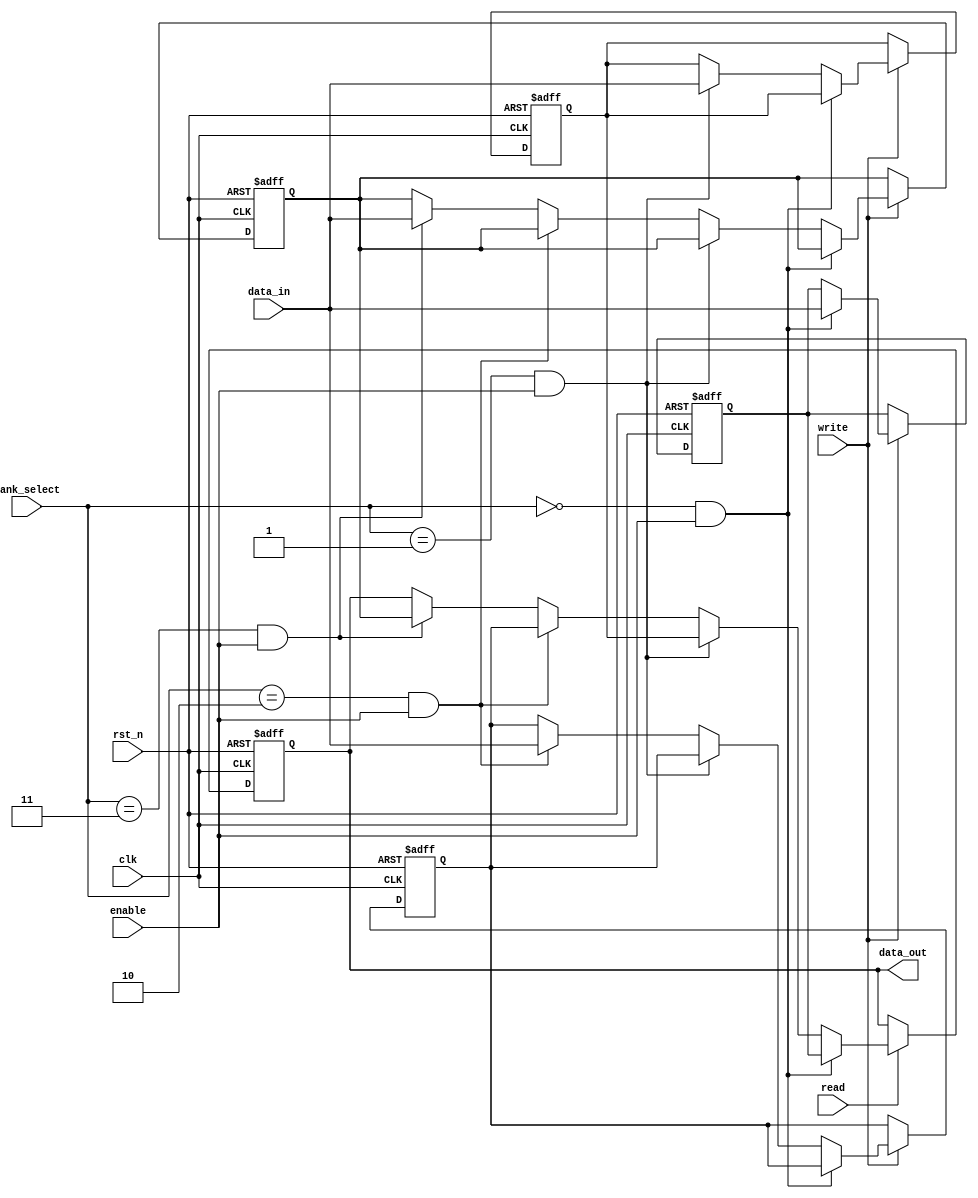
module MemoryBlocksControl (
    input wire clk,                // Clock signal
    input wire rst_n,              // Active low reset
    input wire [1:0] bank_select,  // Select which bank to access
    input wire enable,             // Enable signal for the selected bank
    input wire read,               // Read signal
    input wire write,              // Write signal
    input wire [7:0] data_in,      // Data input for write operations
    output reg [7:0] data_out      // Data output for read operations
);

    // Memory banks (4 banks of 8-bit wide memory)
    reg [7:0] memory_bank [0:3];

    // Internal signals for bank enable
    wire bank_enable [0:3];

    // Gating logic to enable/disable banks based on control signals
    assign bank_enable[0] = (bank_select == 2'b00) && enable;
    assign bank_enable[1] = (bank_select == 2'b01) && enable;
    assign bank_enable[2] = (bank_select == 2'b10) && enable;
    assign bank_enable[3] = (bank_select == 2'b11) && enable;

    // Read/Write operations
    always @(posedge clk or negedge rst_n) begin
        if (!rst_n) begin
            // Reset all memory banks
            memory_bank[0] <= 8'b0;
            memory_bank[1] <= 8'b0;
            memory_bank[2] <= 8'b0;
            memory_bank[3] <= 8'b0;
            data_out <= 8'b0;
        end else begin
            // Read operation
            if (read) begin
                if (bank_enable[0]) data_out <= memory_bank[0];
                else if (bank_enable[1]) data_out <= memory_bank[1];
                else if (bank_enable[2]) data_out <= memory_bank[2];
                else if (bank_enable[3]) data_out <= memory_bank[3];
            end
            
            // Write operation
            if (write) begin
                if (bank_enable[0]) memory_bank[0] <= data_in;
                else if (bank_enable[1]) memory_bank[1] <= data_in;
                else if (bank_enable[2]) memory_bank[2] <= data_in;
                else if (bank_enable[3]) memory_bank[3] <= data_in;
            end
        end
    end

endmodule